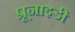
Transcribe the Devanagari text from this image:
प्रूनाइडी